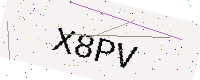
Text: X8PV